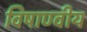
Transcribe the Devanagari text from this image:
विषाण्वीय